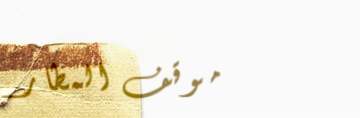
موقف المطار